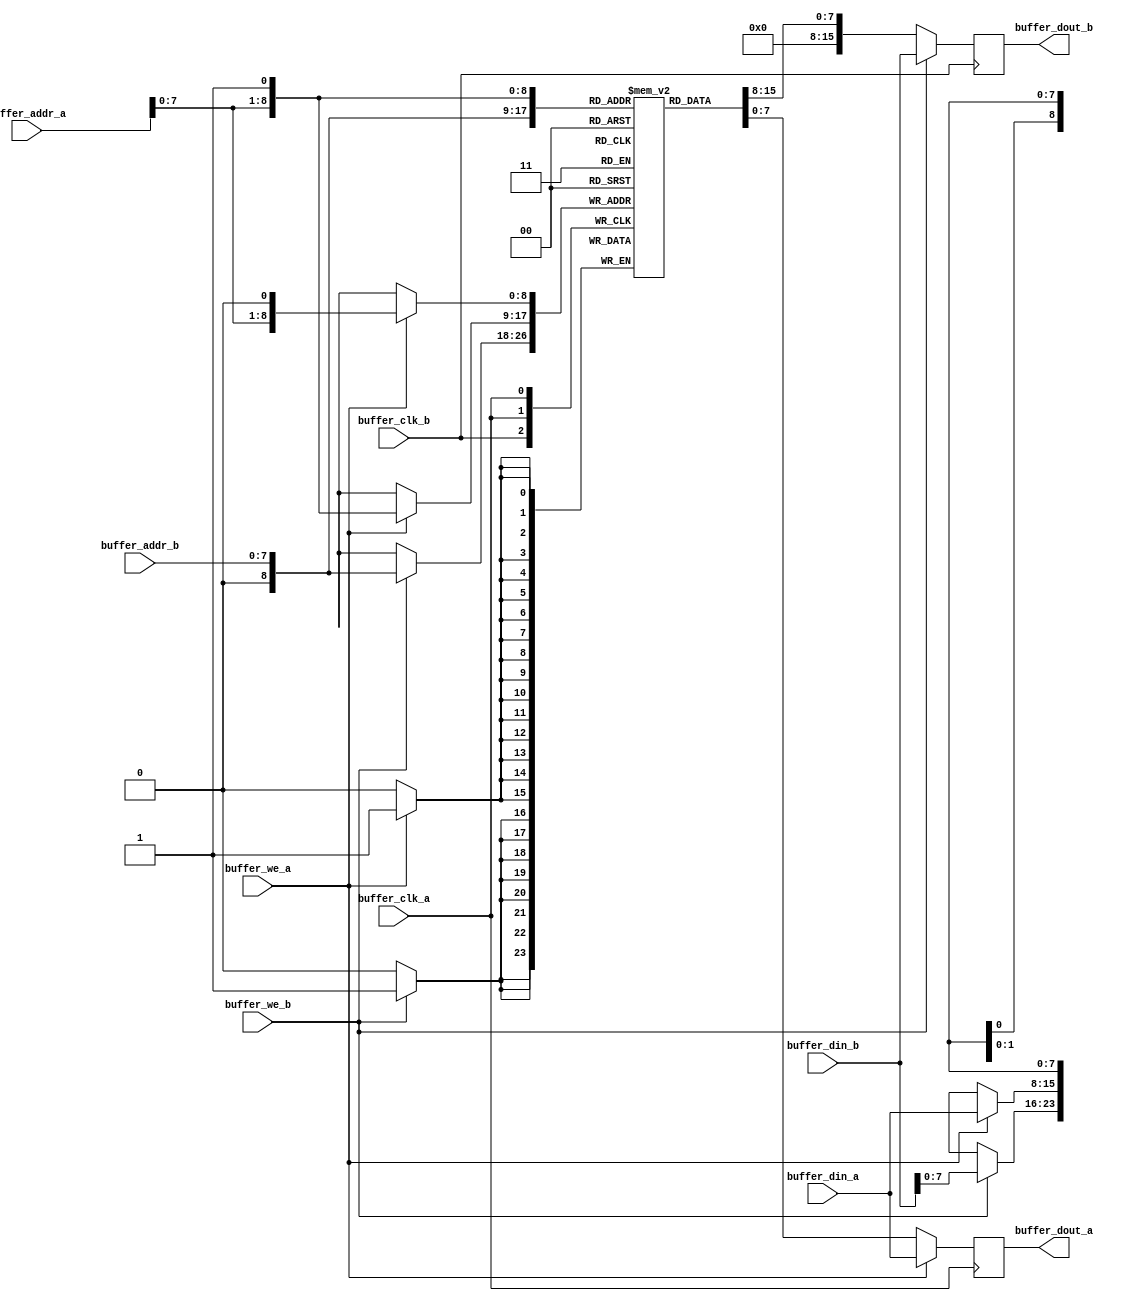
module buffer_hdl_core #(
	parameter WIDTHA      = 8,
	parameter SIZEA       = 512,
	parameter ADDRWIDTHA  = 9,
	parameter WIDTHB      = 16,
	parameter SIZEB       = 256,
	parameter ADDRWIDTHB  = 8
)(
	input	wire						buffer_clk_a,
	input	wire						buffer_clk_b,
	input	wire						buffer_we_a,
	input	wire						buffer_we_b,
	input	wire	[ADDRWIDTHA-1:0]	buffer_addr_a,
	input	wire	[ADDRWIDTHB-1:0]	buffer_addr_b,
	input	wire	[WIDTHA-1:0]		buffer_din_a,
	input	wire	[WIDTHB-1:0]		buffer_din_b,
	output	reg		[WIDTHA-1:0]		buffer_dout_a = 0,
	output	reg		[WIDTHB-1:0]		buffer_dout_b = 0
);
	`define max(a,b) {(a) > (b) ? (a) : (b)}
	`define min(a,b) {(a) < (b) ? (a) : (b)}
	wire enA;
	wire enB;
	assign 	enA = 1;
	assign 	enB = 1;
	function integer log2;
		input integer value;
		reg [31:0] shifted;
		integer res;
		begin
			if (value < 2)
			  log2 = value;
			else
				begin
				  shifted = value-1;
				  for (res=0; shifted>0; res=res+1)
					shifted = shifted>>1;
				  log2 = res;
				end
		end
	endfunction
	localparam maxSIZE   = `max(SIZEA, SIZEB);
	localparam maxWIDTH  = `max(WIDTHA, WIDTHB);
	localparam minWIDTH  = `min(WIDTHA, WIDTHB);
	localparam RATIO     = maxWIDTH / minWIDTH;
	localparam log2RATIO = log2(RATIO);
  // An asymmetric RAM is modeled in a similar way as a symmetric RAM, with an
  // array of array reg. Its aspect ratio corresponds to the port with the
  // lower data width (larger depth)
  reg     [minWIDTH-1:0]  buffer_core [0:maxSIZE-1];
  genvar i;
  // Describe the port with the smaller data width exactly as you are used to
  // for symmetric block RAMs
  always @(posedge buffer_clk_b)
  begin  : portB
    if (enB)
      if (buffer_we_b) begin
        buffer_core[buffer_addr_b] <= buffer_din_b;
        buffer_dout_b <= buffer_din_b;
      end else
        buffer_dout_b <= buffer_core[buffer_addr_b];
    end
  // A generate-for is used to describe the port with the larger data width in a
  // generic and compact way
	`define BIGEND 1
	`ifndef  BIGEND
		`define LITTLEEND 1
	`endif
	generate for (i = 0; i < RATIO; i = i+1)
	begin: portA
		`ifdef LITTLEEND
		localparam [log2RATIO-1:0] lsbaddr = i;
		`elsif BIGEND
		localparam [log2RATIO-1:0] lsbaddr = RATIO-i-1;
		`endif
		always @(posedge buffer_clk_a)
			if (enA) begin
				if (buffer_we_a) begin
					buffer_core[{buffer_addr_a,lsbaddr}] <= buffer_din_a[(i+1)*minWIDTH-1:i*minWIDTH];
					buffer_dout_a[(i+1)*minWIDTH-1:i*minWIDTH] <= buffer_din_a[(i+1)*minWIDTH-1:i*minWIDTH];
				end else
					buffer_dout_a[(i+1)*minWIDTH-1:i*minWIDTH] <= buffer_core[{buffer_addr_a, lsbaddr}];
			end
	end
	endgenerate
endmodule